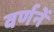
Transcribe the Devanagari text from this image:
वर्णनें